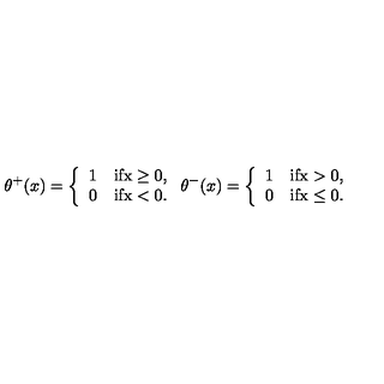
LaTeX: \theta ^ { + } ( x ) = \left\{ \begin{array} { l l } { 1 } & { \mathrm { i f x \geq 0 , } } \\ { 0 } & { \mathrm { i f x < 0 . } } \\ \end{array} \right. \theta ^ { - } ( x ) = \left\{ \begin{array} { l l } { 1 } & { \mathrm { i f x > 0 , } } \\ { 0 } & { \mathrm { i f x \leq 0 . } } \\ \end{array} \right.